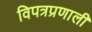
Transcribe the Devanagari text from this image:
विपत्रप्रणाली